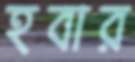
হবার